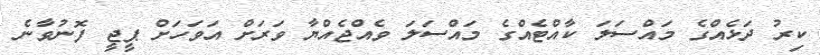
ކިރު ދަޅެއްގެ މައްސަލަ ކާއްޓެއްގެ މައްސަލަ ވެއްޖެެއްޔާ ވަރަށް އަވަހަށް ޕީޖީ ފޮނުވާނެ